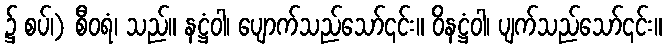
၌ စပ်၊) စီဝရံ၊ သည်။ နဋ္ဌံဝါ၊ ပျောက်သည်သော်၎င်း။ ဝိနဋ္ဌံဝါ၊ ပျက်သည်သော်၎င်း။